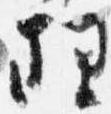
理